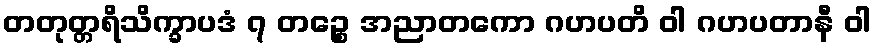
တတုတ္တရိသိက္ခာပဒံ ၇ တဉ္စေ အညာတကော ဂဟပတိ ဝါ ဂဟပတာနီ ဝါ